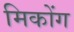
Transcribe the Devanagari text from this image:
मिकोंग